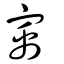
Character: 㝢